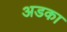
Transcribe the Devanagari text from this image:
अडका